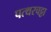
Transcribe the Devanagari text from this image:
पत्थरचट्टा